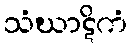
သံဃာဋိကံ